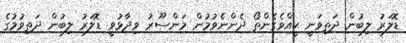
ޑޮލަރު ލިބުން ދަތިވަނީ ކީއްވެގެންތޯ ދެންނެވުމުން މަންސޫރު ވިދާޅުވީ ޑޮލަރު ލިބުން ދަތިވުމުގެ